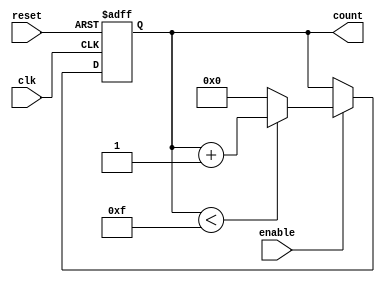
module memory_blocks_up_counter (
    input wire clk,          // Clock input
    input wire reset,        // Asynchronous reset
    input wire enable,       // Enable signal
    output reg [3:0] count   // 4-bit current count value
);

    // Parameter for maximum count value
    parameter MAX_COUNT = 15;
    parameter MIN_COUNT = 0;

    // Asynchronous reset logic
    always @(posedge clk or posedge reset) begin
        if (reset) begin
            count <= MIN_COUNT; // Reset to minimum value
        end else if (enable) begin
            if (count < MAX_COUNT) begin
                count <= count + 1; // Increment count
            end else begin
                count <= MIN_COUNT; // Wrap around to minimum value
            end
        end
    end

endmodule